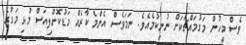
ވެސް މީހުން މަގުމައްޗަކަށް ނުނިކުމެއެވެ. ނަމަވެސް އެންމެ ކާރެއް މަޑުކޮށްލިއަސް މުޅި މަގުގެ